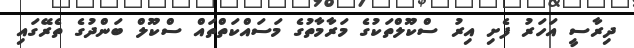
ދިރާސީ އަހަރު ފެށި އިރު ސްކޫލްތަކުގެ މަރާމާތުގެ މަސައްކަތްތައް ސްކޫލް ބަންދުގެ ތެރޭގައި